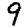
Digit: 9